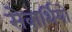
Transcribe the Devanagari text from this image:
सेवार्थियों